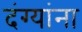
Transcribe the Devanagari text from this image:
दंग्यांना